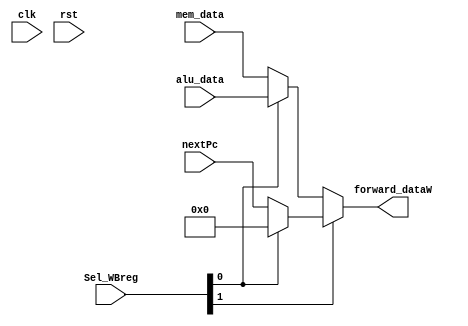
//Class: ECE 552 Computer Architecture, File: iwriteback.v
//Write Back stage: contains a 4-2 mux to control what output gets written to the register file

module iwriteback(clk, rst, alu_data, Sel_WBreg, forward_dataW, nextPc, mem_data); 

input clk, rst;
input [2:0] Sel_WBreg;
input [15:0] alu_data, nextPc, mem_data;
output[15:0] forward_dataW;

//select which register to use, write/read from that register (write or read is done via memory unit selection)

assign forward_dataW = (Sel_WBreg[1]) ? ((Sel_WBreg[0]) ? (16'h0) : (nextPc)) : ((Sel_WBreg[0]) ? (alu_data) : (mem_data));

endmodule